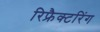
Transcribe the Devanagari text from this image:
रिफ्रैक्टरिंग